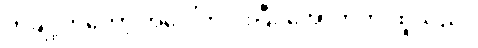
တချို့ကတော့ အပေါ်ကပါးပြီး အောက်က ထူသည်။